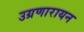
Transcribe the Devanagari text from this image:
उग्रणारायन